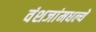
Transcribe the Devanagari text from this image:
वंशजांमधल्ये